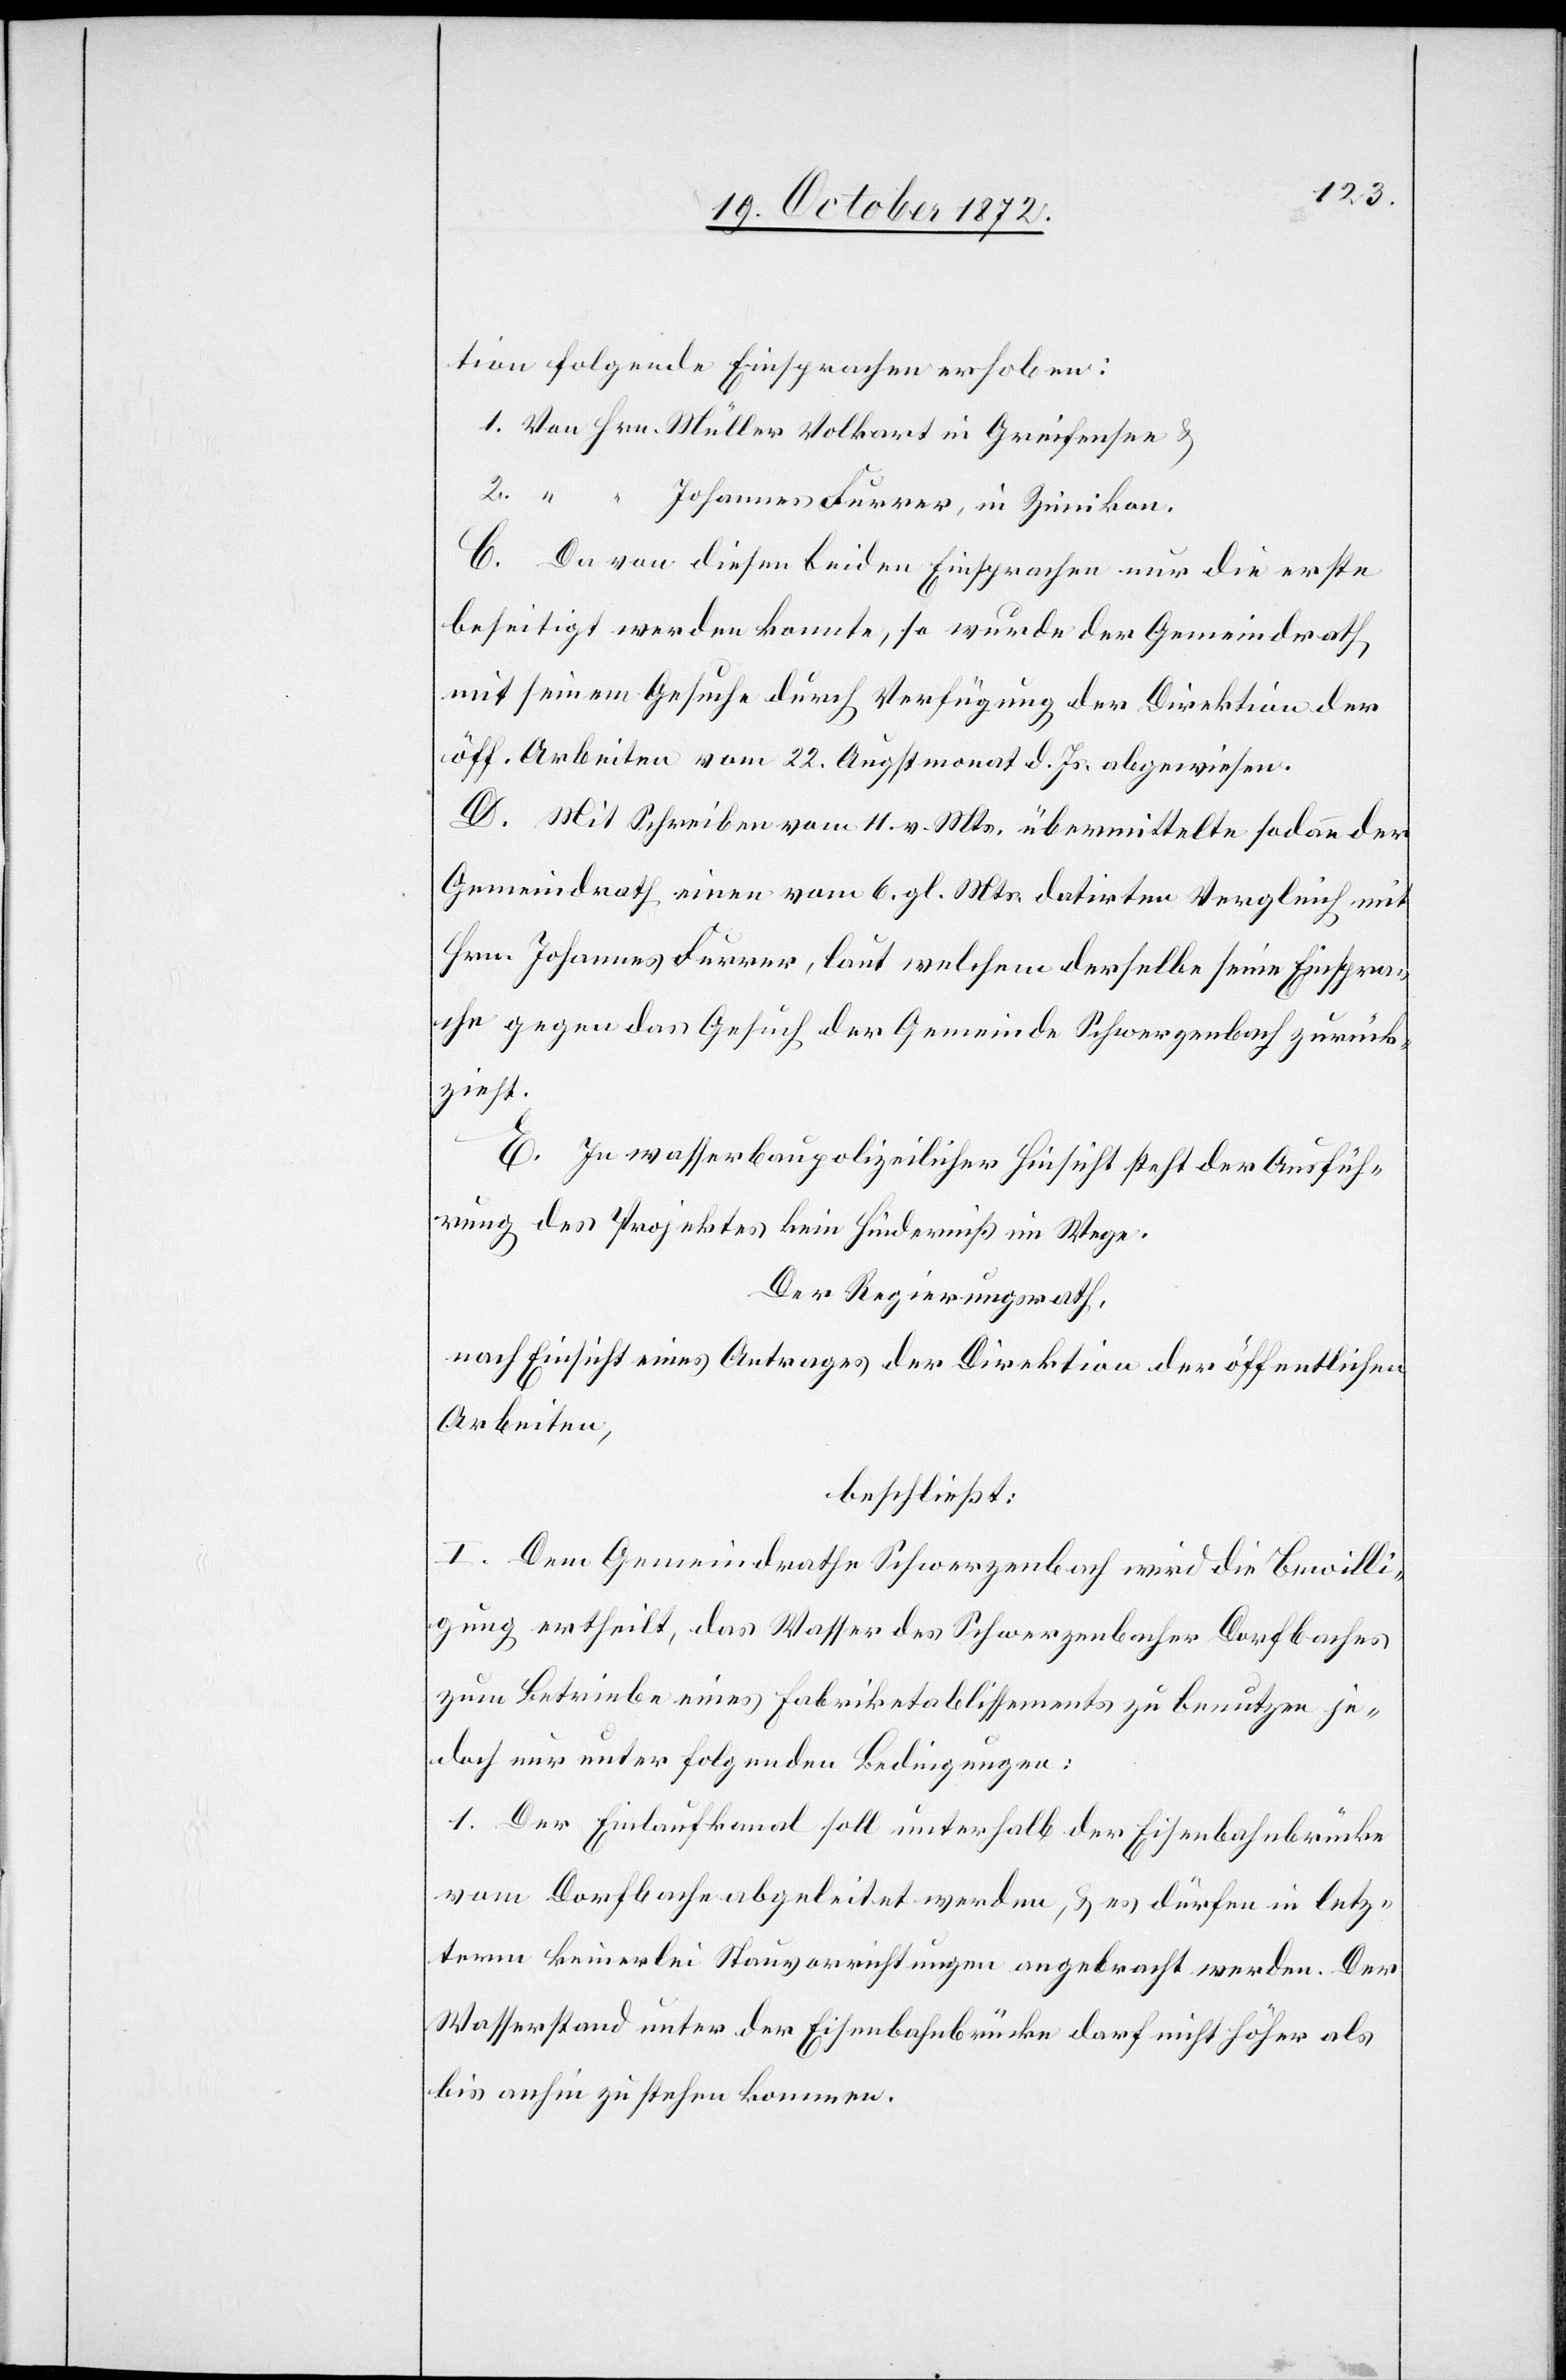
tion folgende Einsprachen erhoben:
1. Von Hrn. Müller Volkart in Greifensee u.
2. “ “ Johannes Furrer, in Zumikon.
C. Da von diesen beiden Einsprachen nur die erste
beseitigt werden konnte, so wurde der Gemeindrath
mit seinem Gesuche durch Verfügung der Direktion der
öff. Arbeiten vom 22. Augstmonat d. Js. abgewiesen.
D. Mit Schreiben vom 11. v. Mts. übermittelte sodann der
Gemeindrath einen vom 6. gl. Mts. datirten Vergleich mit
dem Johannes Furrer, laut welchem derselbe seine Einspra¬
che gegen das Gesuch der Gemeinde Schwerzenbach zurück¬
zieht.
E. In wasserbaupolizeilicher Hinsicht steht der Ausfüh¬
rung des Projektes kein Hinderniß im Wege.
Der Regierungsrath,
nach Einsicht eines Antrages der Direktion der öffentlichen
Arbeiten,
beschließt:
I. Dem Gemeindrathe Schwerzenbach wird die Bewilli¬
gung ertheilt, das Wasser des Schwerzenbacher Dorfbaches
zum Betriebe eines Fabriketablissements zu benutzen je¬
doch nur unter folgenden Bedingungen:
1. Der Einlaufkanal soll unterhalb der Eisenbahnbrücke
vom Dorfbach abgeleitet werden, u. es dürfen in letz¬
term keinerlei Stauvorrichtungen angebracht werden. Der
Wasserstand unter der Eisenbahnbrücke darf nicht höher als
bis anhin zu stehen kommen.